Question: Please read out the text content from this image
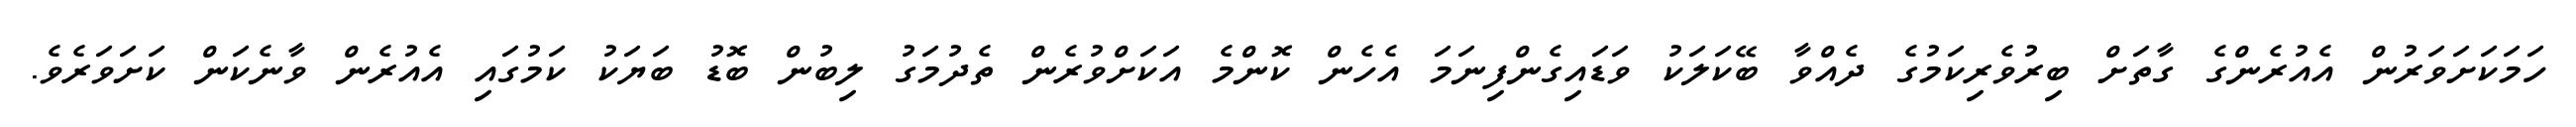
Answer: ހަމަކަށަވަރުން އެއުރެންގެ ގާތަށް ބިރުވެރިކަމުގެ ދެއްވާ ބޭކަލަކު ވަޑައިގެންފިނަމަ އެހެން ކޮންމެ އަކަށްވުރެން ތެދުމަގު ލިބުން ބޮޑު ބަޔަކު ކަމުގައި އެއުރެން ވާނެކަން ކަށަވަރެވެ.